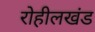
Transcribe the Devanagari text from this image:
रोहीलखंड